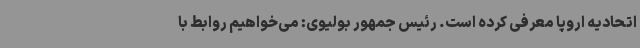
اتحادیه اروپا معرفی کرده است. رئیس جمهور بولیوی: می‌خواهیم روابط با